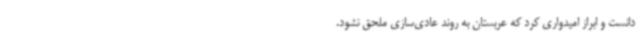
دانست و ابراز امیدواری کرد که عربستان به روند عادی‌سازی ملحق نشود.